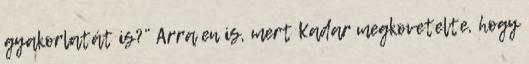
gyakorlatát is?” Arra en is, mert Kadar megkovetelte, hogy